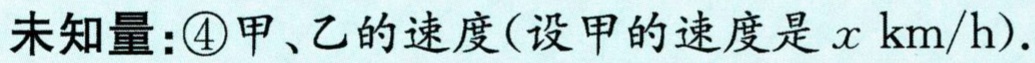
未知量：\textcircled{4}甲、乙的速度(设甲的速度是\(x \text{ km/h}\)).